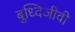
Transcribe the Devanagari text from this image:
बुध्दिजीवी